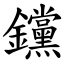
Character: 钂